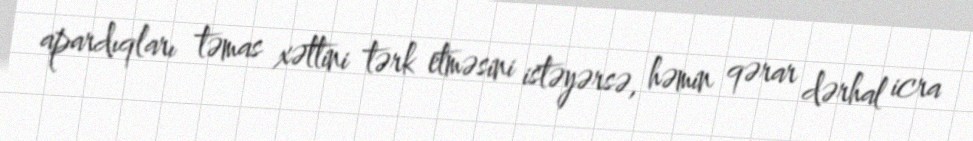
apardıqları təmas xəttini tərk etməsini istəyərsə, həmin qərar dərhal icra